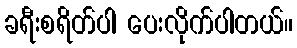
ခရီးစရိတ်ပါ ပေးလိုက်ပါတယ်။